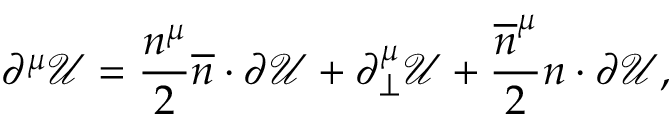
\partial ^ { \mu } \mathcal { U } = \frac { n ^ { \mu } } { 2 } \overline { { { n } } } \cdot \partial \mathcal { U } + \partial _ { \perp } ^ { \mu } \mathcal { U } + \frac { \overline { { { n } } } ^ { \mu } } { 2 } n \cdot \partial \mathcal { U } ,